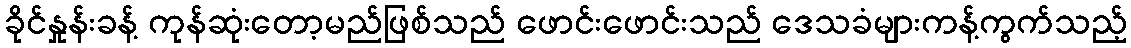
ခိုင်နှုန်းခန့် ကုန်ဆုံးတော့မည်ဖြစ်သည် ဖောင်းဖောင်းသည် ဒေသခံများကန့်ကွက်သည့်